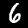
Label: 6